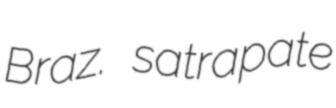
Braz. satrapate